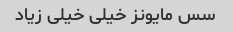
سس مایونز خیلی خیلی زیاد